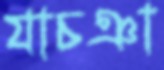
যাচঞা